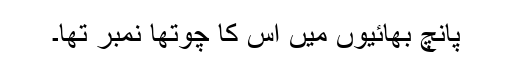
پانچ بھائیوں میں اس کا چوتھا نمبر تھا۔